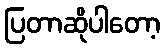
ပြတာဆိုပါတော့